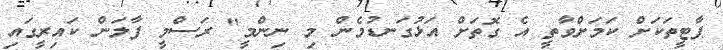
ޕާޓީތަކަށް ކަމަށްވާތީ އެ ގޮތަށް އަޅުގަނޑުމެން މި ނިންމީ" ރަސްމީ ފާލަން ކައިރީގައި